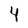
Character: 4